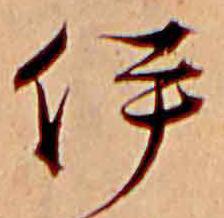
伊